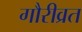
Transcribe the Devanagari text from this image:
गौरीव्रत